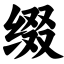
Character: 缀